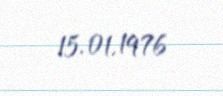
15.01.1976